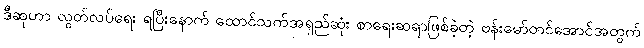
ဒီဆုဟာ လွတ်လပ်ရေး ရပြီးနောက် ထောင်သက်အရှည်ဆုံး စာရေးဆရာဖြစ်ခဲ့တဲ့ ဗန်းမော်တင်အောင်အတွက်